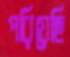
পরিয়েছি